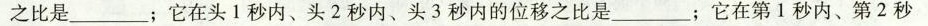
之比是___；它在头1秒内、头2秒内、头3秒内的位移之比是___；它在第1秒内、第2秒